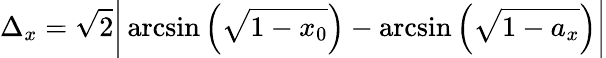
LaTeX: \Delta_{x}=\sqrt{2}\bigg|\arcsin\Big(\sqrt{1-x_{0}}\Big)-\arcsin\Big(\sqrt{1-a_{x}}\Big)\bigg|